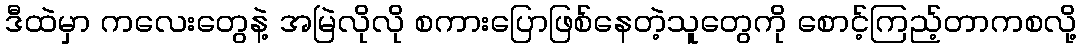
ဒီထဲမှာ ကလေးတွေနဲ့ အမြဲလိုလို စကားပြောဖြစ်နေတဲ့သူတွေကို စောင့်ကြည့်တာကစလို့